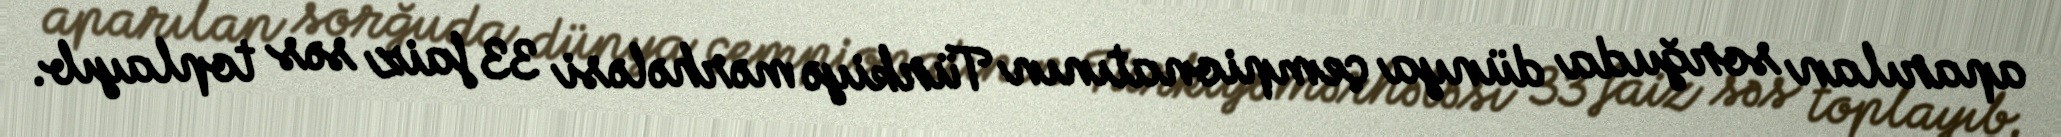
aparılan sorğuda dünya çempionatının Türkiyə mərhələsi 33 faiz səs toplayıb.